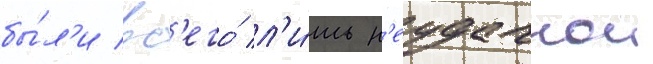
бы́л'и вс'его́ л'и́шь н'еудачнои